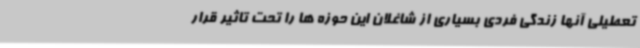
تعطیلی آنها زندگی فردی بسیاری از شاغلان این حوزه ها را تحت تاثیر قرار